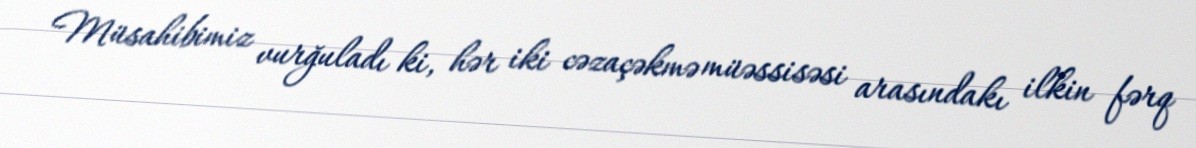
Müsahibimiz vurğuladı ki, hər iki cəzaçəkmə müəssisəsi arasındakı ilkin fərq